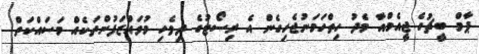
ޕާމް ބީޗުގެ ޖީއެމްއާ މެދު ހިތްހަމަނުޖެހިގެން އެ ރިސޯޓުގެ ދިވެހި މުވައްޒަފުންތަކެއް މަސައްކަތް